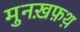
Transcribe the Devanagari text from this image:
मुनख़फ़थ़